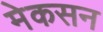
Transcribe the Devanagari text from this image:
मेकसन